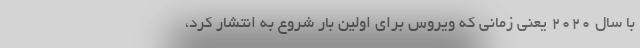
با سال 2020 یعنی زمانی که ویروس برای اولین بار شروع به انتشار کرد،